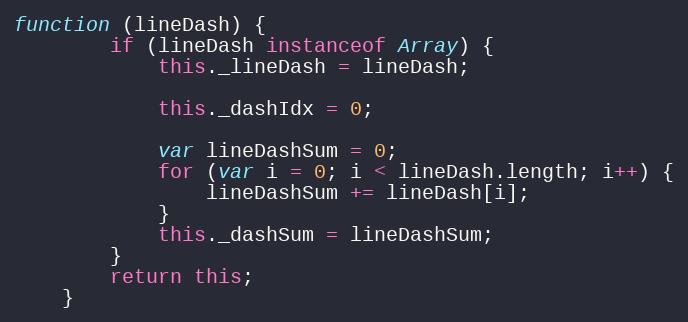
Language: JavaScript
function (lineDash) {
        if (lineDash instanceof Array) {
            this._lineDash = lineDash;

            this._dashIdx = 0;

            var lineDashSum = 0;
            for (var i = 0; i < lineDash.length; i++) {
                lineDashSum += lineDash[i];
            }
            this._dashSum = lineDashSum;
        }
        return this;
    }